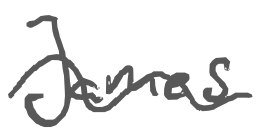
Text: James
Cross-out: wave
Writing tool: digital_gray